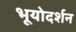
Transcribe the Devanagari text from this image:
भूयोदर्शन